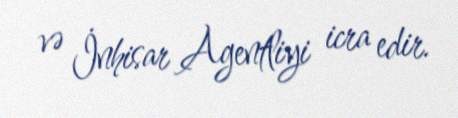
və İnhisar Agentliyi icra edir.